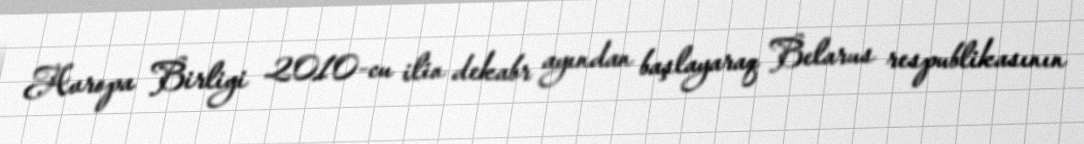
Avropa Birliyi 2010-cu ilin dekabr ayından başlayaraq Belarus respublikasının